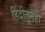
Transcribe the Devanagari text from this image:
हिंदीतूनही